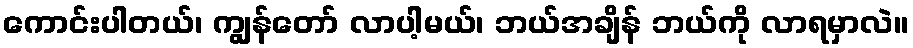
ကောင်းပါတယ်၊ ကျွန်တော် လာပါ့မယ်၊ ဘယ်အချိန် ဘယ်ကို လာရမှာလဲ။